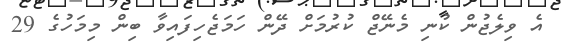
އެ ވިލެޖުން ކުނި މެނޭޖް ކުރުމަށް ދޭން ހަމަޖެހިފައިވާ ބިން މިމަހުގެ 29